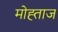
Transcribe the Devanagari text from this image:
मोह्ताज